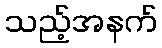
သည့်အနက်